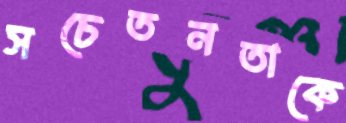
সচেতনতাকে